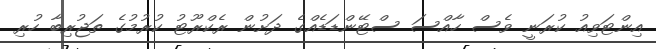
އިންޓަވިއު ކުރަނީ ވެސް ހާއްސަ ސްޓޭންޑަޑެއްގެ ދަށުން ރެކްރޫޓު ކުރުމުގެ ތަޖުރިބާ ހުރި